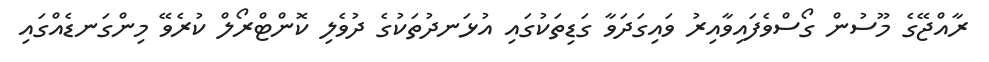
ރާއްޖޭގެ މޫސުން ގޯސްވެފައިވާއިރު ވައިގަދަވާ ގަޑިތަކުގައި އުޅަނދުތަކުގެ ދުވެލި ކޮންޓްރޯލް ކުރެވޭ މިންގަނޑެއްގައި